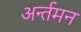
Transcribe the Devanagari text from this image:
अर्न्‍तमन